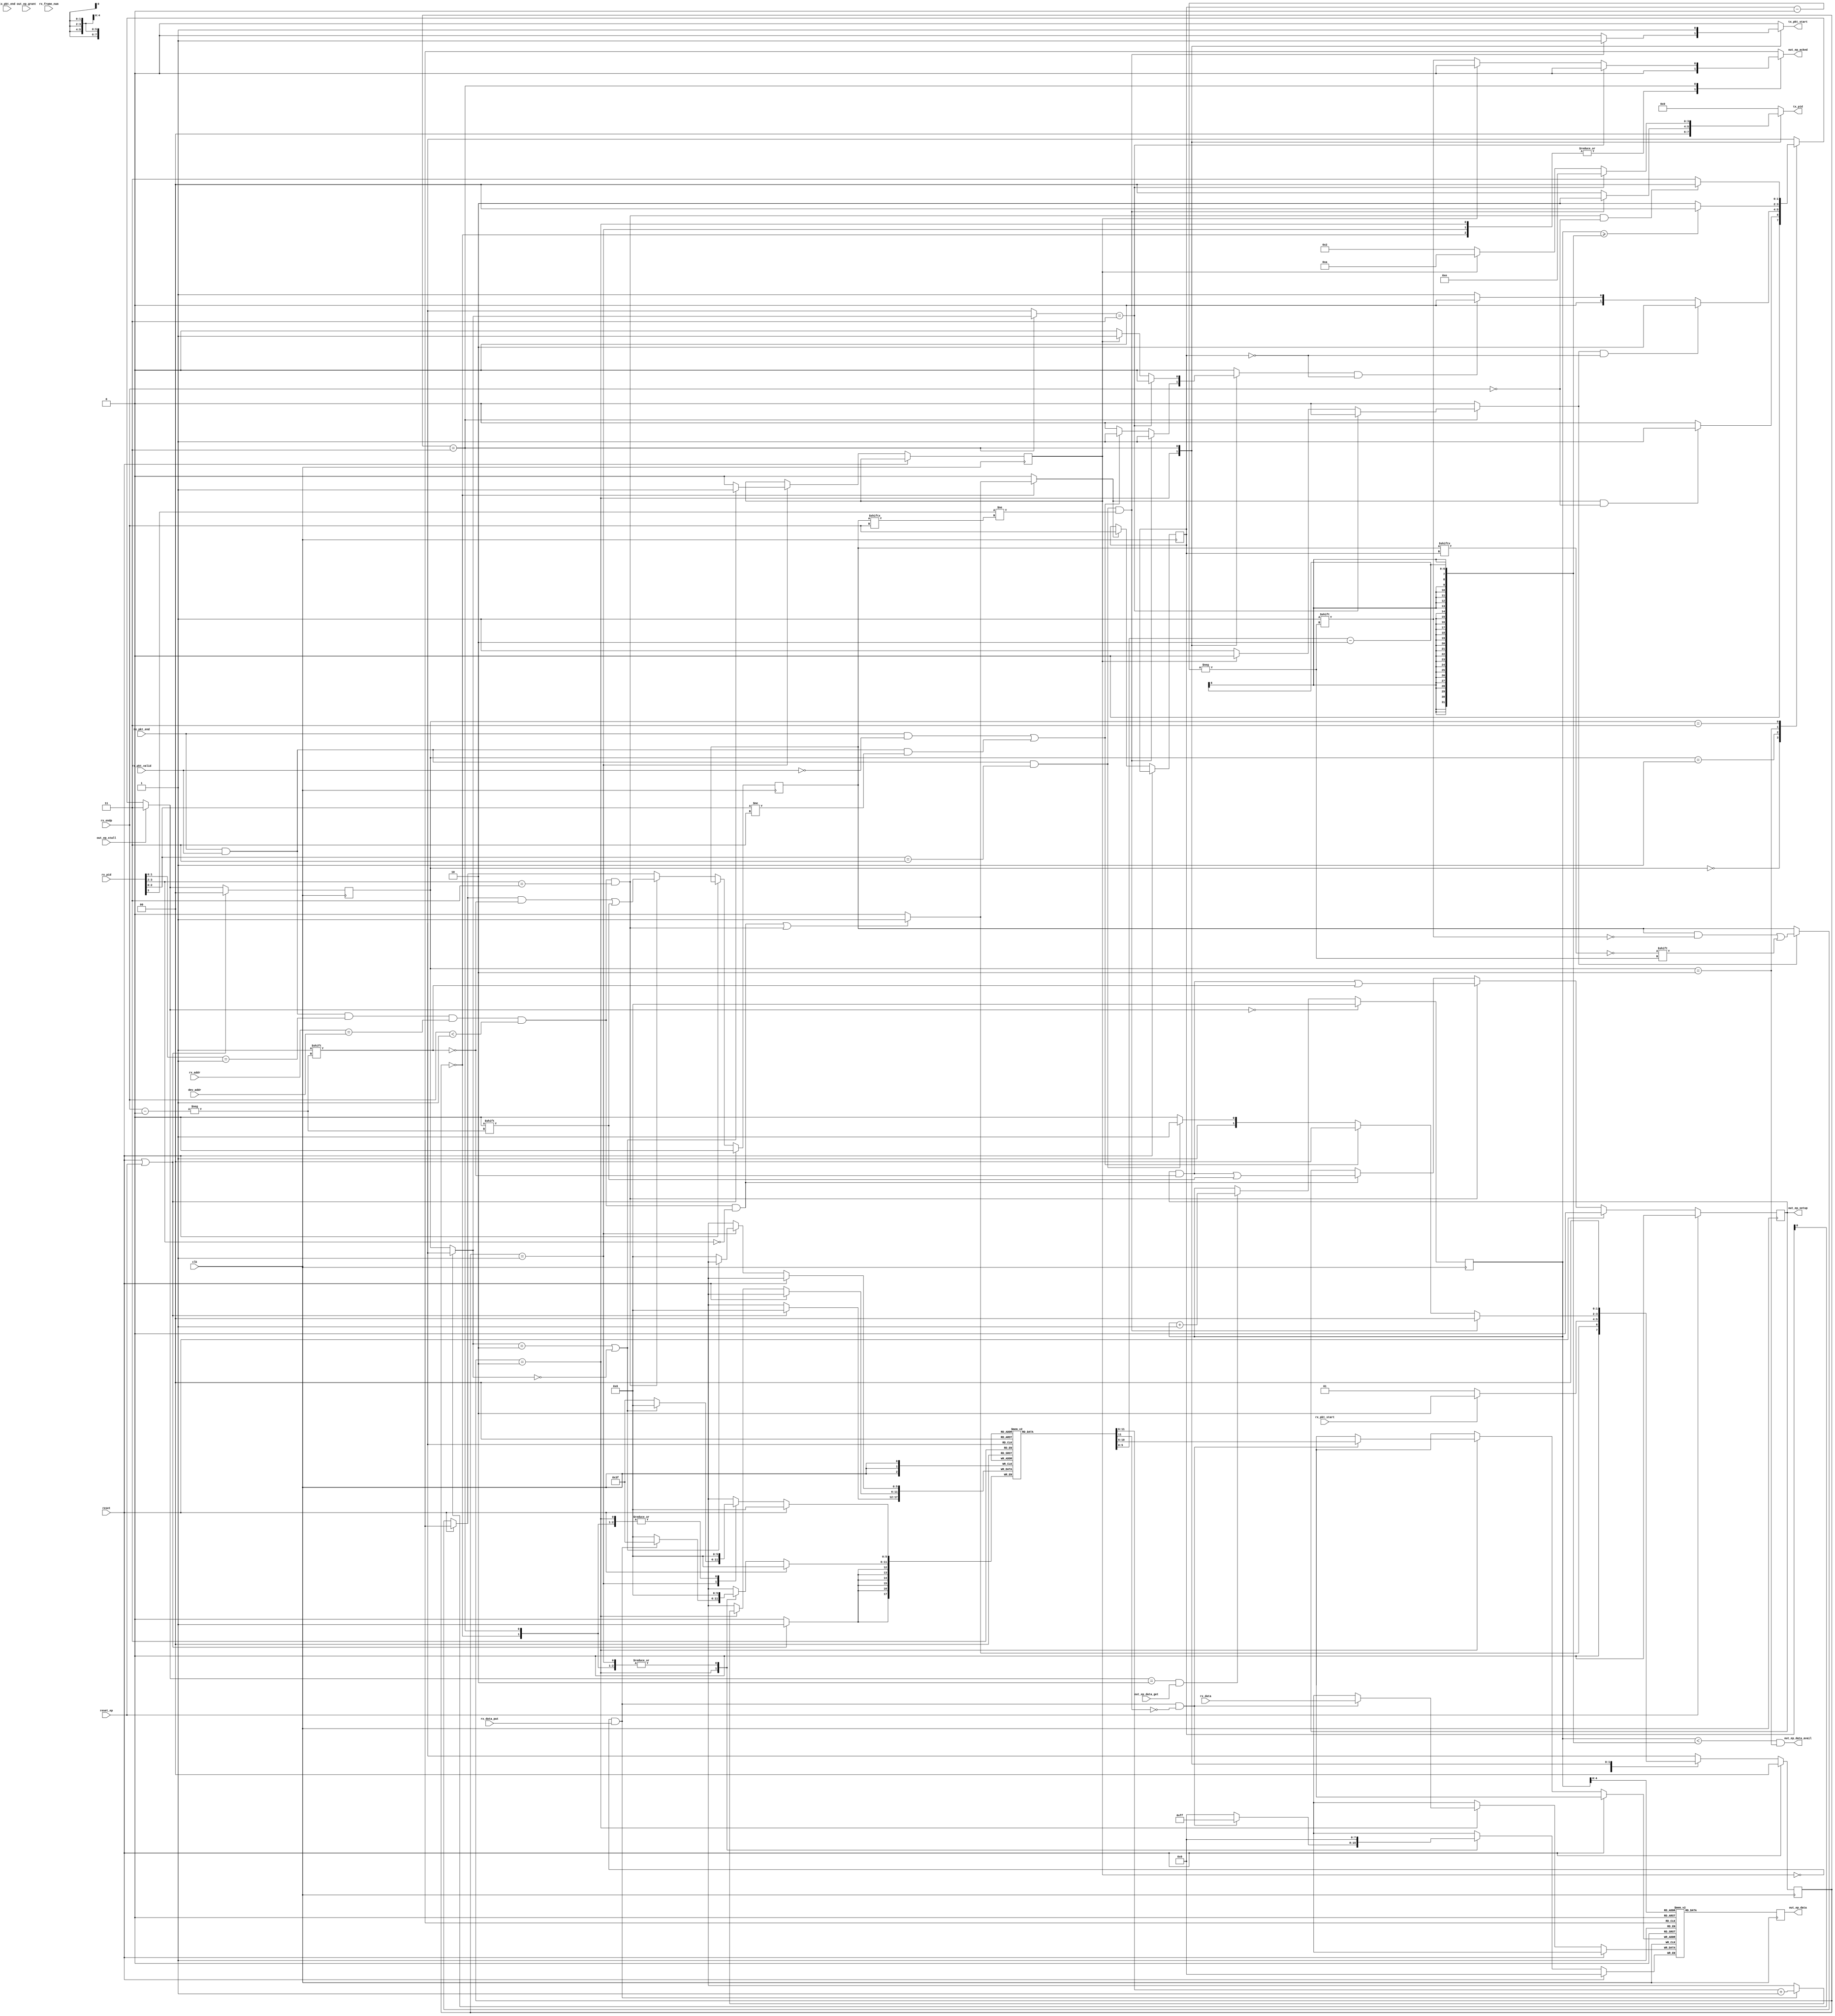
// The OUT Protocol Engine receives data from the host.
module usb_fs_out_pe #(
  parameter NUM_OUT_EPS = 1,
  parameter MAX_OUT_PACKET_SIZE = 32
) (
  input clk,
  input reset,
  input [NUM_OUT_EPS-1:0] reset_ep,
  input [6:0] dev_addr,

  ////////////////////
  // endpoint interface
  ////////////////////
  output [NUM_OUT_EPS-1:0] out_ep_data_avail,
  output reg [NUM_OUT_EPS-1:0] out_ep_setup = 0,
  input [NUM_OUT_EPS-1:0] out_ep_data_get,
  output reg [7:0] out_ep_data,
  input [NUM_OUT_EPS-1:0] out_ep_stall,
  output reg [NUM_OUT_EPS-1:0] out_ep_acked = 0,
  // Added to provide a more constant way of detecting the current OUT EP than data get
  input [NUM_OUT_EPS-1:0] out_ep_grant,

  ////////////////////
  // rx path
  ////////////////////

  // Strobed on reception of packet.
  input rx_pkt_start,
  input rx_pkt_end,
  input rx_pkt_valid,

  // Most recent packet received.
  input [3:0] rx_pid,
  input [6:0] rx_addr,
  input [3:0] rx_endp,
  input [10:0] rx_frame_num,

  // rx_data is pushed into endpoint controller.
  input rx_data_put,
  input [7:0] rx_data,


  ////////////////////
  // tx path
  ////////////////////

  // Strobe to send new packet.
  output reg tx_pkt_start = 0,
  input tx_pkt_end,
  output reg [3:0] tx_pid = 0
);
  ////////////////////////////////////////////////////////////////////////////////
  // endpoint state machine
  ////////////////////////////////////////////////////////////////////////////////
  localparam READY_FOR_PKT = 0;
  localparam PUTTING_PKT = 1;
  localparam GETTING_PKT = 2;
  localparam STALL = 3;

  reg [1:0] ep_state [NUM_OUT_EPS - 1:0];
  reg [1:0] ep_state_next [NUM_OUT_EPS - 1:0];


  ////////////////////////////////////////////////////////////////////////////////
  // out transfer state machine
  ////////////////////////////////////////////////////////////////////////////////
  localparam IDLE = 0;
  localparam RCVD_OUT = 1;
  localparam RCVD_DATA_START = 2;
  localparam RCVD_DATA_END = 3;

  reg [1:0] out_xfr_state = IDLE;
  reg [1:0] out_xfr_state_next;

  reg out_xfr_start = 0;
  reg new_pkt_end = 0;
  reg rollback_data = 0;


  reg [3:0] out_ep_num = 0;


  reg [NUM_OUT_EPS - 1:0] out_ep_data_avail_i = 0;
  reg [NUM_OUT_EPS - 1:0] out_ep_data_avail_j = 0;

  // set when the endpoint buffer is unable to receive the out transfer
  reg nak_out_transfer = 0;

  // data toggle state
  reg [NUM_OUT_EPS - 1:0] data_toggle = 0;

  // latched on valid OUT/SETUP token
  reg [3:0] current_endp = 0;
  wire [1:0] current_ep_state = ep_state[current_endp];

  // endpoint data buffer
  reg [7:0] out_data_buffer [(MAX_OUT_PACKET_SIZE * NUM_OUT_EPS) - 1:0];

  // current get_addr when outputting a packet from the buffer
  reg [5:0] ep_get_addr [NUM_OUT_EPS - 1:0];
  reg [5:0] ep_get_addr_next [NUM_OUT_EPS - 1:0];


  // endpoint put_addrs when inputting a packet into the buffer
  reg [5:0] ep_put_addr [NUM_OUT_EPS - 1:0];

  // total buffer put addr, uses endpoint number and that endpoints current
  // put address
  wire [8:0] buffer_put_addr = {current_endp[3:0], ep_put_addr[current_endp][4:0]};
  wire [8:0] buffer_get_addr = {out_ep_num[3:0], ep_get_addr[out_ep_num][4:0]};

  wire token_received =
    rx_pkt_end &&
    rx_pkt_valid &&
    rx_pid[1:0] == 2'b01 &&
    rx_addr == dev_addr &&
    rx_endp < NUM_OUT_EPS;

  wire out_token_received =
    token_received &&
    rx_pid[3:2] == 2'b00;

  wire setup_token_received =
    token_received &&
    rx_pid[3:2] == 2'b11;

  wire invalid_packet_received =
    rx_pkt_end &&
    !rx_pkt_valid;

  wire data_packet_received =
    rx_pkt_end &&
    rx_pkt_valid &&
    rx_pid[2:0] == 3'b011;

  wire non_data_packet_received =
    rx_pkt_end &&
    rx_pkt_valid &&
    rx_pid[2:0] != 3'b011;

  //reg last_data_toggle = 0;

  wire bad_data_toggle =
    data_packet_received &&
    rx_pid[3] != data_toggle[rx_endp];

    //last_data_toggle == data_toggle[current_endp];

  ////////////////////////////////////////////////////////////////////////////////
  // endpoint state machine
  ////////////////////////////////////////////////////////////////////////////////

  genvar ep_num;
  generate
    for (ep_num = 0; ep_num < NUM_OUT_EPS; ep_num = ep_num + 1) begin
      always @* begin

        ep_state_next[ep_num] <= ep_state[ep_num];

        if (out_ep_stall[ep_num]) begin
          ep_state_next[ep_num] <= STALL;

        end else begin
          case (ep_state[ep_num])
            READY_FOR_PKT : begin
              if (out_xfr_start && rx_endp == ep_num) begin
                ep_state_next[ep_num] <= PUTTING_PKT;

              end else begin
                ep_state_next[ep_num] <= READY_FOR_PKT;
              end
            end

            PUTTING_PKT : begin
              if (new_pkt_end && current_endp == ep_num) begin
                ep_state_next[ep_num] <= GETTING_PKT;

              end else if (rollback_data && current_endp == ep_num) begin
                ep_state_next[ep_num] <= READY_FOR_PKT;

              end else begin
                ep_state_next[ep_num] <= PUTTING_PKT;
              end
            end

            GETTING_PKT : begin

              if (ep_get_addr[ep_num][5:0] >= (ep_put_addr[ep_num][5:0] - 2)) begin
                ep_state_next[ep_num] <= READY_FOR_PKT;

              end else begin
                ep_state_next[ep_num] <= GETTING_PKT;
              end
            end

            STALL : begin
              if (setup_token_received && rx_endp == ep_num) begin
                ep_state_next[ep_num] <= READY_FOR_PKT;

              end else begin
                ep_state_next[ep_num] <= STALL;
              end
            end

            default begin
              ep_state_next[ep_num] <= READY_FOR_PKT;
            end
          endcase
        end

        // Determine the next get_address (init, inc, maintain)
        if (ep_state_next[ep_num][1:0] == READY_FOR_PKT) begin
          ep_get_addr_next[ep_num][5:0] <= 0;
        end else if (ep_state_next[ep_num][1:0] == GETTING_PKT && out_ep_data_get[ep_num]) begin
          ep_get_addr_next[ep_num][5:0] <= ep_get_addr[ep_num][5:0] + 1;
        end else begin
          ep_get_addr_next[ep_num][5:0] <= ep_get_addr[ep_num][5:0];
        end

      end  // end of the always @*

      // Advance the state to the next one.
      always @(posedge clk) begin
        if (reset || reset_ep[ep_num]) begin
          ep_state[ep_num] <= READY_FOR_PKT;
        end else begin
          ep_state[ep_num] <= ep_state_next[ep_num];
        end

        ep_get_addr[ep_num][5:0] <= ep_get_addr_next[ep_num][5:0];
      end


      assign out_ep_data_avail[ep_num] =
        (ep_get_addr[ep_num][5:0] < (ep_put_addr[ep_num][5:0] - 2)) &&
        (ep_state[ep_num][1:0] == GETTING_PKT);



    end
  endgenerate

  integer i;
  always @(posedge clk) begin
    if (reset) begin
      out_ep_setup <= 0;

    end else begin
      if (setup_token_received) begin
        out_ep_setup[rx_endp] <= 1;
      end else if (out_token_received) begin
        out_ep_setup[rx_endp] <= 0;
      end
    end

    for (i = 0; i < NUM_OUT_EPS; i = i + 1) begin
      if (reset_ep[i]) begin
        out_ep_setup[i] <= 0;
      end
    end
  end

  always @(posedge clk) out_ep_data <= out_data_buffer[buffer_get_addr][7:0];
  // use the bus grant line to determine the out_ep_num (where the data is)
  integer ep_num_decoder;
  always @* begin
    out_ep_num <= 0;

    for (ep_num_decoder = 0; ep_num_decoder < NUM_OUT_EPS; ep_num_decoder = ep_num_decoder + 1) begin
      if (out_ep_grant[ep_num_decoder]) begin
        out_ep_num <= ep_num_decoder;
      end
    end
  end

  ////////////////////////////////////////////////////////////////////////////////
  // out transfer state machine
  ////////////////////////////////////////////////////////////////////////////////

  always @* begin
    out_ep_acked <= 0;
    out_xfr_start <= 0;
    out_xfr_state_next <= out_xfr_state;
    tx_pkt_start <= 0;
    tx_pid <= 0;
    new_pkt_end <= 0;
    rollback_data <= 0;

    case (out_xfr_state)
      IDLE : begin
        if (out_token_received || setup_token_received) begin
          out_xfr_state_next <= RCVD_OUT;
          out_xfr_start <= 1;

        end else begin
          out_xfr_state_next <= IDLE;
        end
      end

      RCVD_OUT : begin
        if (rx_pkt_start) begin
          out_xfr_state_next <= RCVD_DATA_START;

        end else begin
          out_xfr_state_next <= RCVD_OUT;
        end
      end

      RCVD_DATA_START : begin
        if (bad_data_toggle) begin
          out_xfr_state_next <= IDLE;
          rollback_data <= 1;
          tx_pkt_start <= 1;
          tx_pid <= 4'b0010; // ACK

        end else if (invalid_packet_received || non_data_packet_received) begin
          out_xfr_state_next <= IDLE;
          rollback_data <= 1;

        end else if (data_packet_received) begin
          out_xfr_state_next <= RCVD_DATA_END;

        end else begin
          out_xfr_state_next <= RCVD_DATA_START;
        end
      end

      RCVD_DATA_END : begin
        out_xfr_state_next <= IDLE;
        tx_pkt_start <= 1;

        if (ep_state[current_endp] == STALL) begin
          tx_pid <= 4'b1110; // STALL

        end else if (nak_out_transfer) begin
          tx_pid <= 4'b1010; // NAK
          rollback_data <= 1;

        end else begin
          tx_pid <= 4'b0010; // ACK
          new_pkt_end <= 1;
          out_ep_acked[current_endp] <= 1;

        //end else begin
        //  tx_pid <= 4'b0010; // ACK
        //  rollback_data <= 1;
        end
      end

      default begin
        out_xfr_state_next <= IDLE;
      end
    endcase
  end

  wire current_ep_busy =
    (ep_state[current_endp] == GETTING_PKT) ||
    (ep_state[current_endp] == READY_FOR_PKT);

  integer j;
  always @(posedge clk) begin
    if (reset) begin
      out_xfr_state <= IDLE;
    end else begin
      out_xfr_state <= out_xfr_state_next;

      if (out_xfr_start) begin
        current_endp <= rx_endp;
        //last_data_toggle <= setup_token_received ? 0 : data_toggle[rx_endp];
      end

      if (new_pkt_end) begin
        data_toggle[current_endp] <= !data_toggle[current_endp];
      end

      if (setup_token_received) begin
        data_toggle[rx_endp] <= 0;
      end

      case (out_xfr_state)
        IDLE : begin
        end

        RCVD_OUT : begin
          if (current_ep_busy) begin
            nak_out_transfer <= 1;
          end else begin
            nak_out_transfer <= 0;
            ep_put_addr[current_endp][5:0] <= 0;
          end
        end

        RCVD_DATA_START : begin
          if (!nak_out_transfer && rx_data_put && !ep_put_addr[current_endp][5]) begin
            out_data_buffer[buffer_put_addr][7:0] <= rx_data;
          end

          if (!nak_out_transfer && rx_data_put) begin
            ep_put_addr[current_endp][5:0] <= ep_put_addr[current_endp][5:0] + 1;

          end
        end

        RCVD_DATA_END : begin
        end
      endcase
    end

    for (j = 0; j < NUM_OUT_EPS; j = j + 1) begin
      if (reset || reset_ep[j]) begin
        data_toggle[j] <= 0;
        ep_put_addr[j][5:0] <= 0;
      end
    end
  end

endmodule